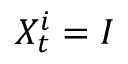
X _ { t } ^ { i } = I